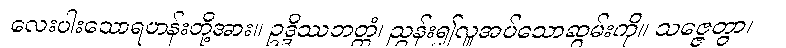
လေးပါးသောရဟန်းတို့အား။ ဥဒ္ဒိဿဘတ္တံ၊ ညွှန်း၍လှူအပ်သောဆွမ်းကို။ သဇ္ဇေတွာ၊